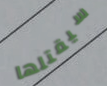
سيقتلها